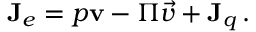
\begin{array} { r } { \mathbf { J } _ { e } = p \mathbf { v } - { \Pi \vec { v } } + \mathbf { J } _ { q } \, . } \end{array}